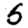
Digit: 5